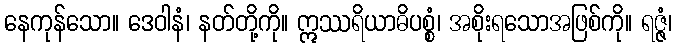
နေကုန်သော။ ဒေဝါနံ၊ နတ်တို့ကို။ ဣဿရိယာဓိပစ္စံ၊ အစိုးရသောအဖြစ်ကို။ ရဇ္ဇံ၊